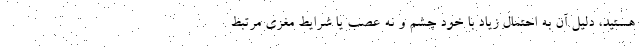
هستید، دلیل آن به احتمال زیاد با خود چشم و نه عصب یا شرایط مغزی مرتبط